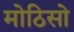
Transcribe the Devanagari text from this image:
मोठिसो